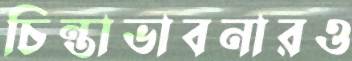
চিন্তাভাবনারও